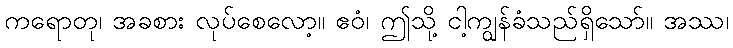
ကရောတု၊ အခစား လုပ်စေလော့။ ဧဝံ၊ ဤသို့ ငါ့ကျွန်ခံသည်ရှိသော်။ အဿ၊